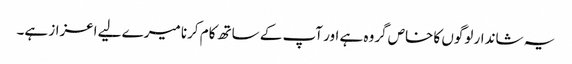
یہ شاندار لوگوں کا خاص گروہ ہے اور آپ کے ساتھ کام کرنا میرے لیے اعزاز ہے۔